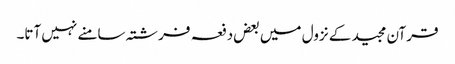
قرآن مجید کے نزول میں بعض دفعہ فرشتہ سامنے نہیں آتا۔